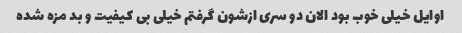
اوایل خیلی خوب بود الان دو سری ازشون گرفتم خیلی بی کیفیت و بد مزه شده